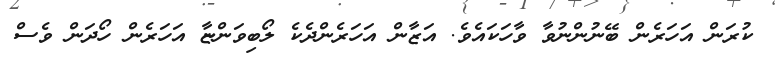
ކުރަން އަހަރެން ބޭނުންނުވާ ވާހަކައެވެ. އަޒާން އަހަރެންދެކެ ލޯބިވަންޏާ އަހަރެން ހޯދަން ވެސް